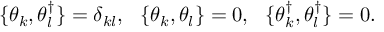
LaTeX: \{ \theta _ { k } , \theta _ { l } ^ { \dagger } \} = \delta _ { k l } , \ \ \{ \theta _ { k } , \theta _ { l } \} = 0 , \ \ \{ \theta _ { k } ^ { \dagger } , \theta _ { l } ^ { \dagger } \} = 0 .